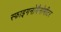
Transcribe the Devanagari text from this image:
स्फाइगनोमैनोमीटर